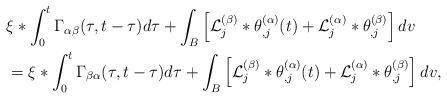
LaTeX: \begin{align*} & \xi*\int_{0}^{t}\Gamma_{\alpha\beta}(\tau,t-\tau)d\tau+\int_{B}\left[{\cal L}_{j}^{(\beta)}*\theta_{,j}^{(\alpha)}(t)+{\cal L}_{j}^{(\alpha)}*\theta_{,j}^{(\beta)}\right]dv\\ & =\xi*\int_{0}^{t}\Gamma_{\beta\alpha}(\tau,t-\tau)d\tau+\int_{B}\left[{\cal L}_{j}^{(\beta)}*\theta_{,j}^{(\alpha)}(t)+{\cal L}_{j}^{(\alpha)}*\theta_{,j}^{(\beta)}\right]dv,\end{align*}